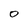
Character: 0